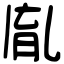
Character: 𦚯